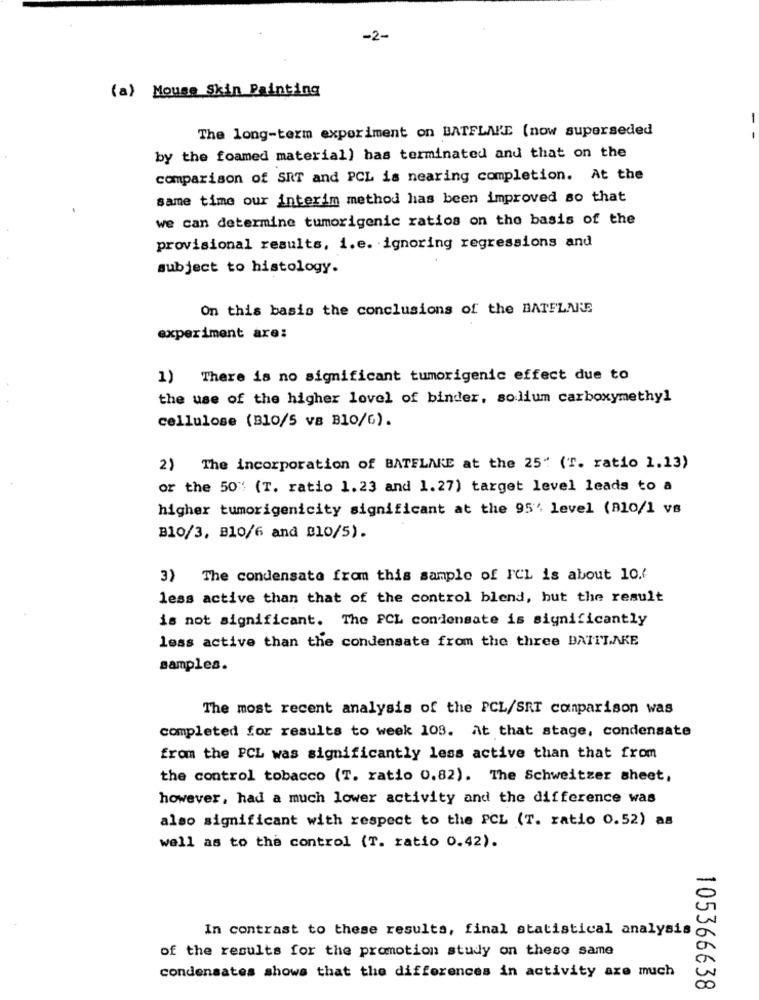
-2-
(a) Mouse Skin Painting
-
The long-term experiment on BATFLAPE (now superseded
by the foamed material) has terminated and that on the
comparison of SRT and PCL is nearing completion. At the
same time our interim method has been improved so that
we can determine tumorigenic ratios on the basis of the
provisional results, i.e. ignoring regressions and
subject to histology.
On this basis the conclusions of the BATFLARE
experiment are:
1) There is no significant tumorigenic effect due to
the use of the higher lovel of binder, solium carboxymethyl
cellulose (B10/5 va B10/G).
2) The incorporation of BATELAKE at the 25" (T. ratio 1.13)
or the 50% (T. ratio 1.23 and 1.27) target level leads to a
higher tumorigenicity significant at the 95', level (B10/1 vs
B10/3, B10/6 and B10/5).
3) The condensate from this sample of I'CL is about 10.7
less active than that of the control blend, but the result
is not significant. The PCL condensate is significantly
less active than the condensate from the three BATITAKE
samples.
The most recent analysis of the PCL/SRT comparison was
completed for results to week 103. At that stage, condensate
from the PCL was significantly less active than that from
the control tobacco (T. ratio 0.82). The Schweitzer sheet,
however, had a much lower activity and the difference was
also significant with respect to the PCL (T. ratio 0.52) as
well as to the control (T. ratio 0.42).
In contrast to these results, final statistical analysis
of the results for the promotion study on these same
condensates shows that the differences in activity are much
105366638